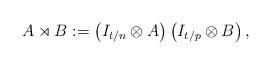
LaTeX: \begin{align*} A\rtimes B:=\left(I_{t/n}\otimes A\right)\left( I_{t/p} \otimes B\right),\end{align*}